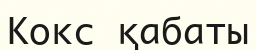
Кокс қабаты